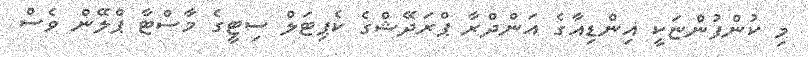
މި ކުންފުންޏަކީ އިންޑިއާގެ އަންދްރާ ޕްރަދޭޝްގެ ކެޕިޓަލް ސިޓީގެ މާސްޓާ ޕްލޭން ވެސް